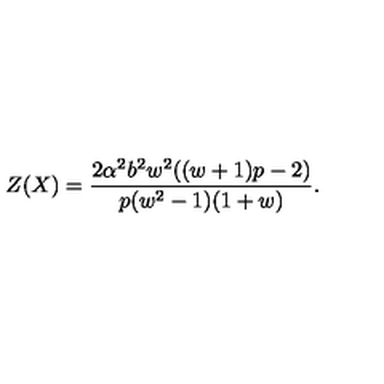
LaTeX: Z ( X ) = \frac { 2 \alpha ^ { 2 } b ^ { 2 } w ^ { 2 } ( ( w + 1 ) p - 2 ) } { p ( w ^ { 2 } - 1 ) ( 1 + w ) } .